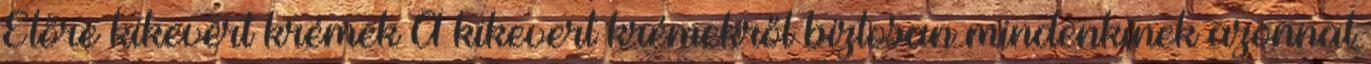
Előre kikevert krémek A kikevert krémekről biztosan mindenkinek azonnal